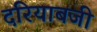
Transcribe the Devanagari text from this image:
दरियाबजी